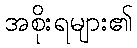
အစိုးရများ၏